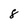
Character: 8